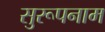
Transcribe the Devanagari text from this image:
सुरूपनाम